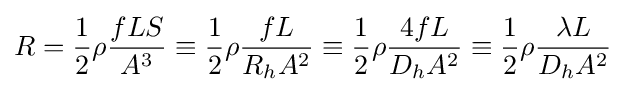
R={\frac {1}{2}}\rho {\frac {fLS}{A^{3}}}\equiv {\frac {1}{2}}\rho {\frac {fL}{R_{h}A^{2}}}\equiv {\frac {1}{2}}\rho {\frac {4fL}{D_{h}A^{2}}}\equiv {\frac {1}{2}}\rho {\frac {\lambda L}{D_{h}A^{2}}}